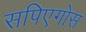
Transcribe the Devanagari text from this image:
सपिएगोस